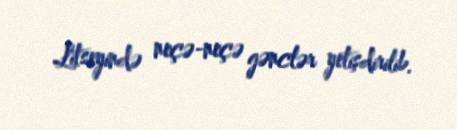
Litseyində neçə-neçə gənclər yetişdirilib.